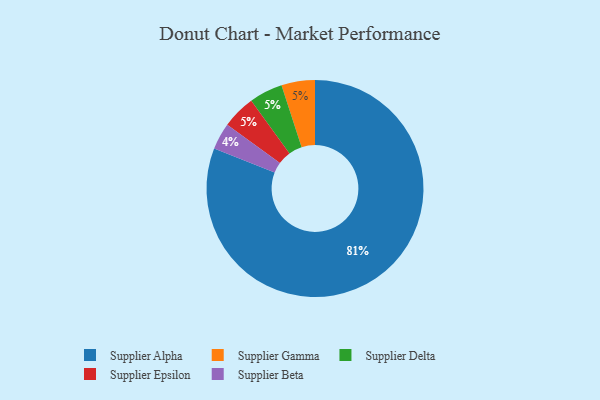
{"axis": {"x": "Category", "y": "Percentage"}, "legend": ["Supplier Alpha", "Supplier Beta", "Supplier Delta", "Supplier Epsilon", "Supplier Gamma"], "data": [{"x": "Supplier Alpha", "y": 81, "type": "Supplier Alpha"}, {"x": "Supplier Gamma", "y": 5, "type": "Supplier Gamma"}, {"x": "Supplier Beta", "y": 4, "type": "Supplier Beta"}, {"x": "Supplier Delta", "y": 5, "type": "Supplier Delta"}, {"x": "Supplier Epsilon", "y": 5, "type": "Supplier Epsilon"}]}